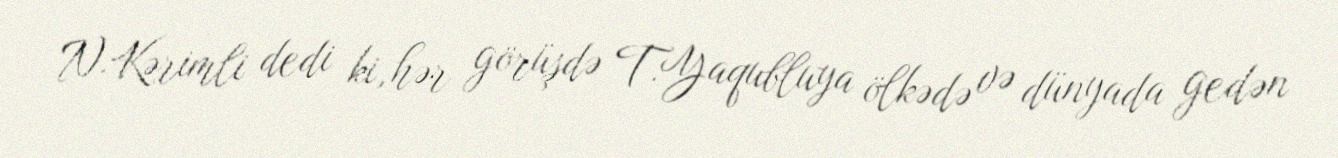
N.Kərimli dedi ki, hər görüşdə T.Yaqubluya ölkədə və dünyada gedən